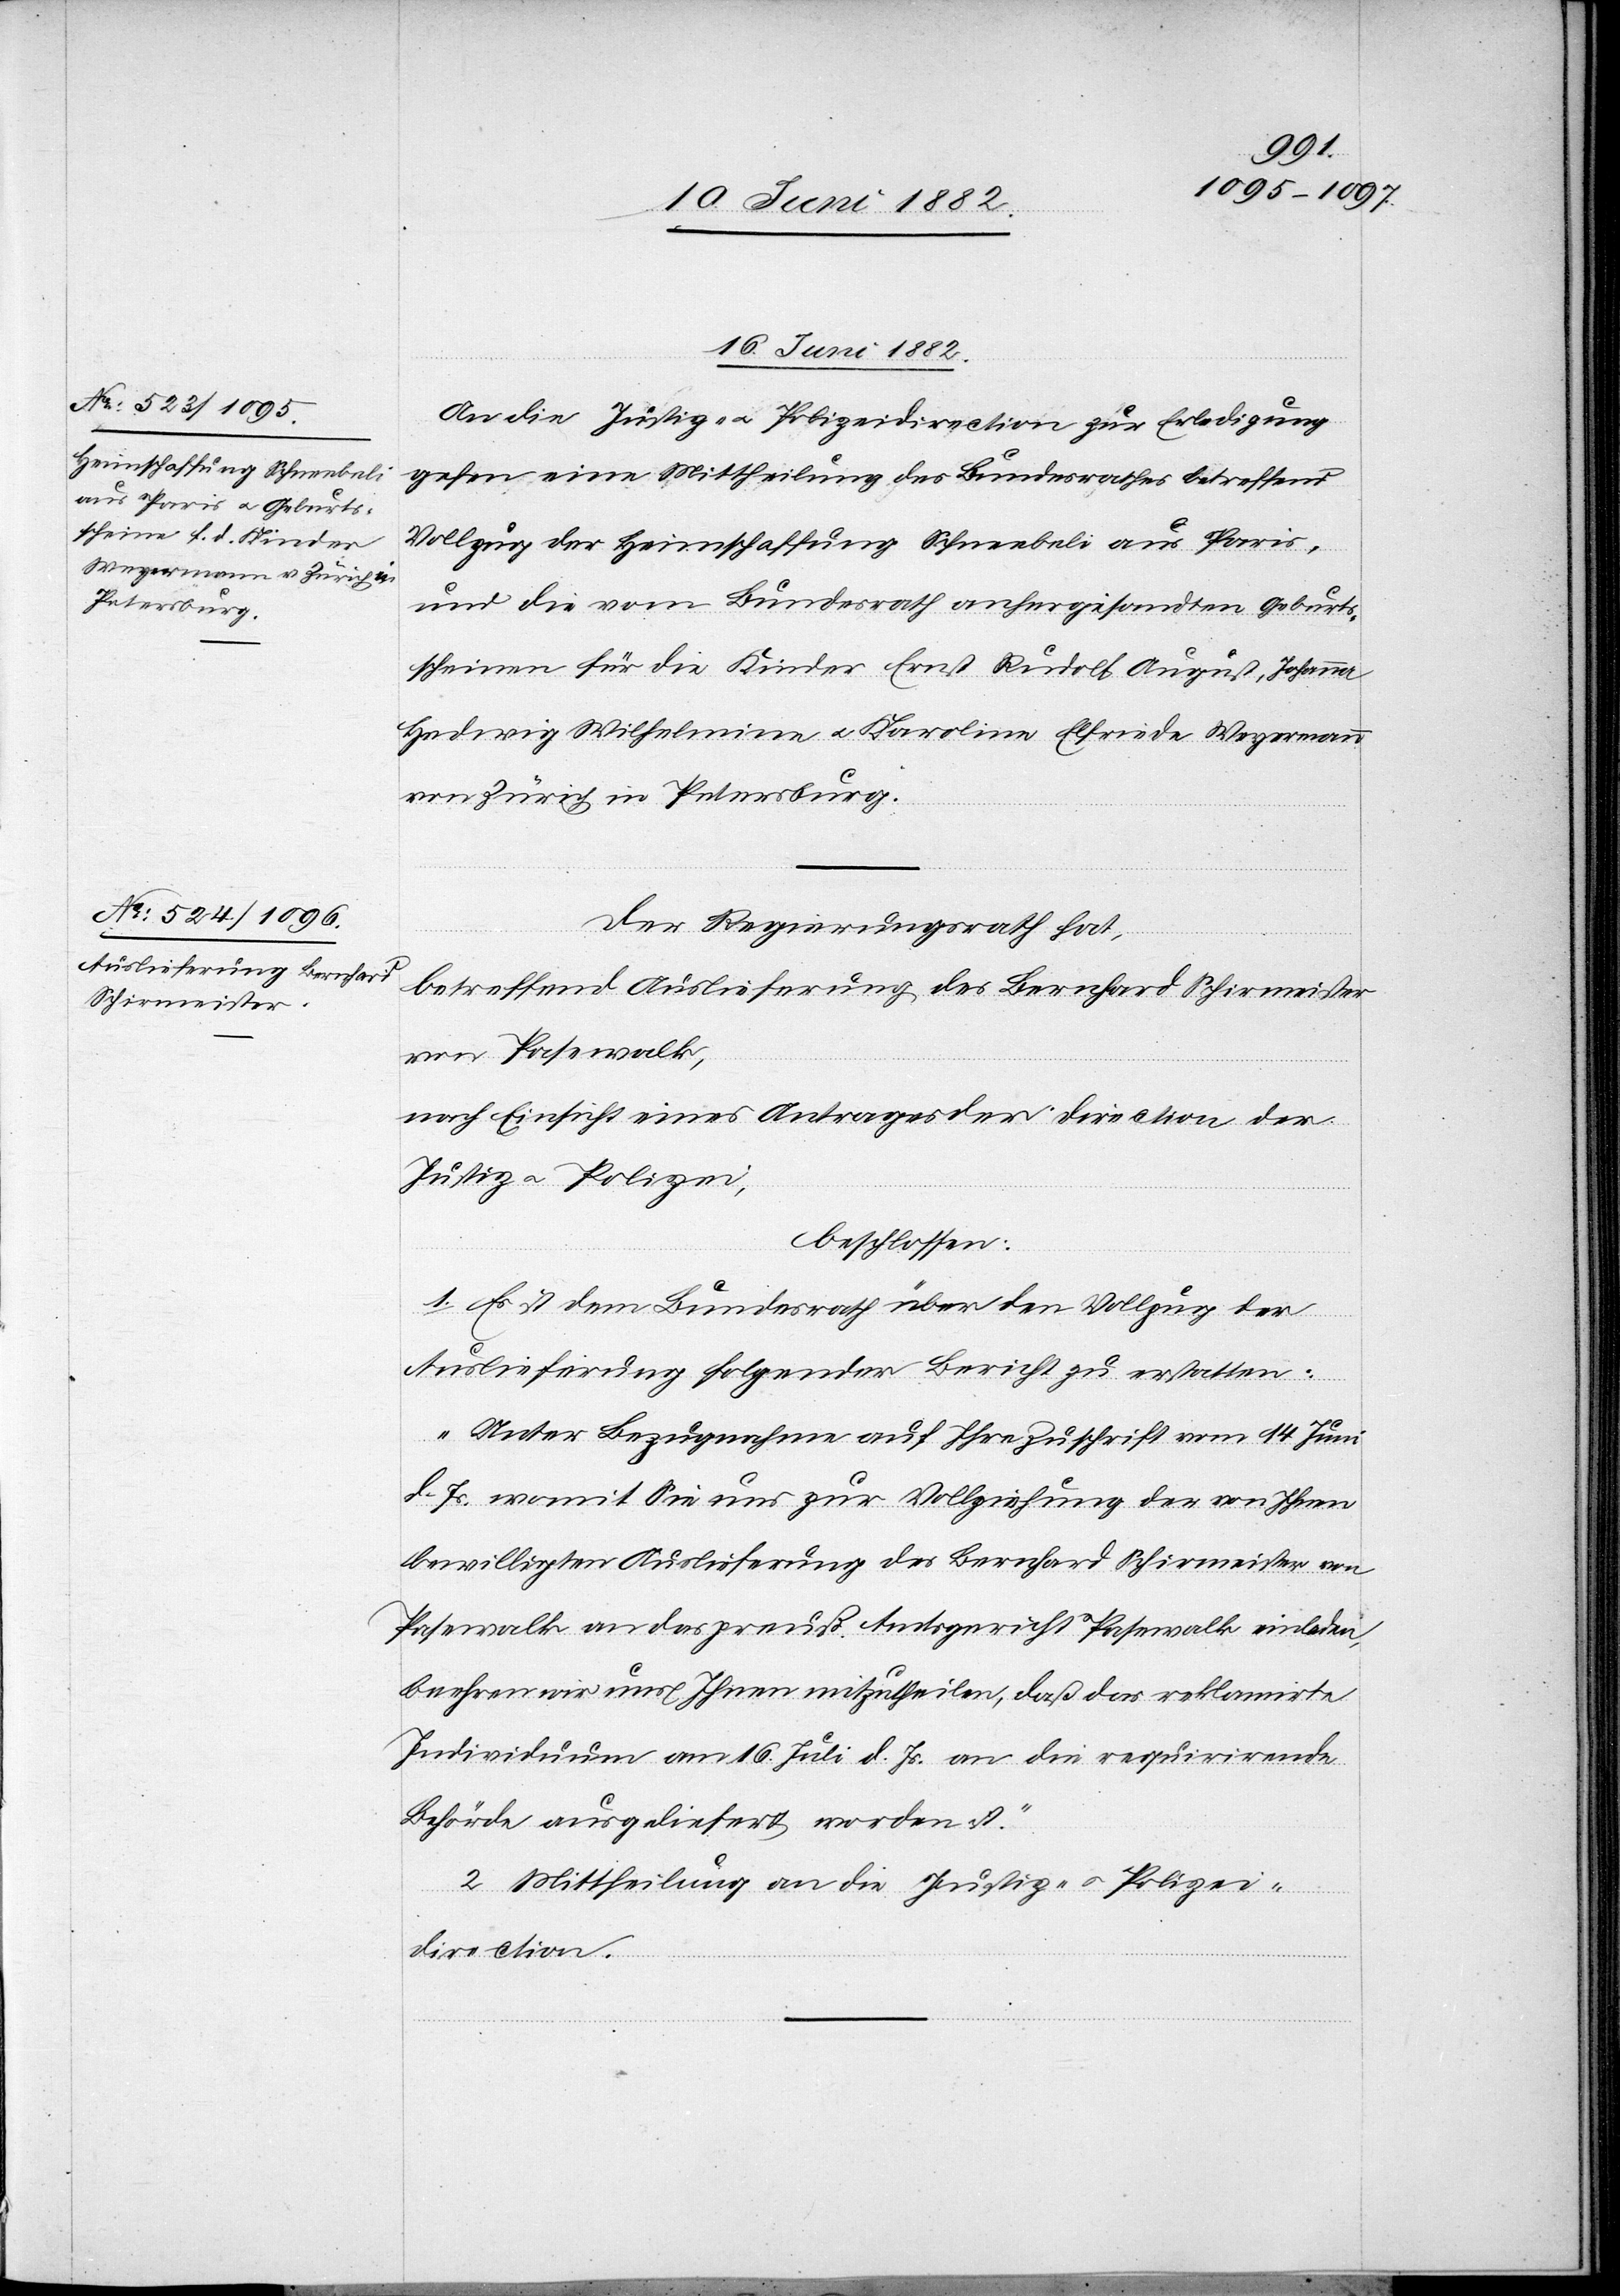
16. Juni 1882.]
An die Justiz- u. Polizeidirection zur Erledigung
gehen eine Mittheilung des Bundesrathes betreffend
Vollzug der Heimschaffung Schneebeli aus Paris,
und die vom Bundesrath anhergesandten Geburts¬
scheinen [sic!] für die Kinder Ernst Rudolf August, Johanna
Hedwig Wilhelmina u. Karolina Elfriede Weyermann
von Zürich in Petersburg.
Der Regierungsrath hat,
betreffend Auslieferung des Bernhard Schirmeister
von Pasewalk,
nach Einsicht eines Antrages der Direction der
Justiz u. Polizei,
beschlossen:
1. Es ist dem Bundesrath über den Vollzug der
Auslieferung folgender Bericht zu erstatten:
„Unter Bezugnahme auf Ihre Zuschrift vom 14. Juni
d. Js. womit Sie uns zur Vollziehung der von Ihnen
bewilligten Auslieferung des Bernhard Schirmeister von
Pasewalk an das preuß. Amtsgericht Pasewalk einladen,
beehren wir uns Ihnen mitzutheilen, daß das reklamirte
Individuum am 16. Juli d. Js. [sic!] an die requirirende
Behörde ausgeliefert worden ist.“
2. Mittheilung an die Justiz- u. Polizei¬
direction.